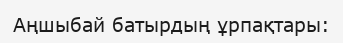
Аңшыбай батырдың ұрпақтары: